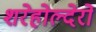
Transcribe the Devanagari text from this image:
शरेहोल्देरों